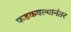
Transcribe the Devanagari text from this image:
फडकवल्यानंतर